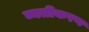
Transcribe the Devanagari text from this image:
व्यतीकरण